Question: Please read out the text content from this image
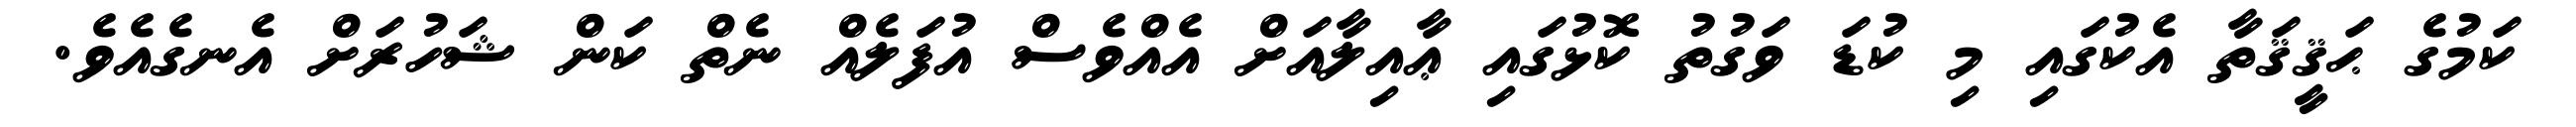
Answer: ކަމުގެ ޙަޤީޤަތާ އެކުގައި މި ކުޑަ ވަގުތު ކޮޅުގައި ޢާއިލާއަށް އެއްވެސް އުފަލެއް ނެތް ކަން ޝަހުރަށް އެނގެއެވެ.